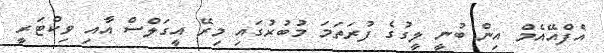
އެފްއޭއެމް އިން ބުނީ ލީގުގެ ފުރަތަމަ މުބުރުގައި މިރޭ އީގަލްސް އާއި ވިކްޓަރީ